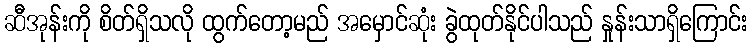
ဆီအုန်းကို စိတ်ရှိသလို ထွက်တော့မည် အမှောင်ဆုံး ခွဲထုတ်နိုင်ပါသည် နှုန်းသာရှိကြောင်း